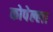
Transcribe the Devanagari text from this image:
कोपेल्ला